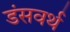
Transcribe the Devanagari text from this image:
डंसवर्थ